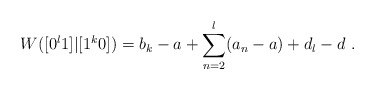
\begin{align*}W([0^l 1]|[1^k0]) = b_k - a + \sum_{n=2}^l (a_n - a) + d_l - d \ .\end{align*}